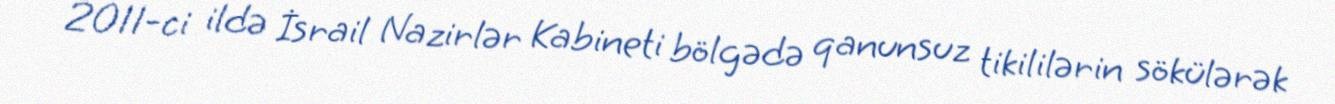
2011-ci ildə İsrail Nazirlər Kabineti bölgədə qanunsuz tikililərin sökülərək